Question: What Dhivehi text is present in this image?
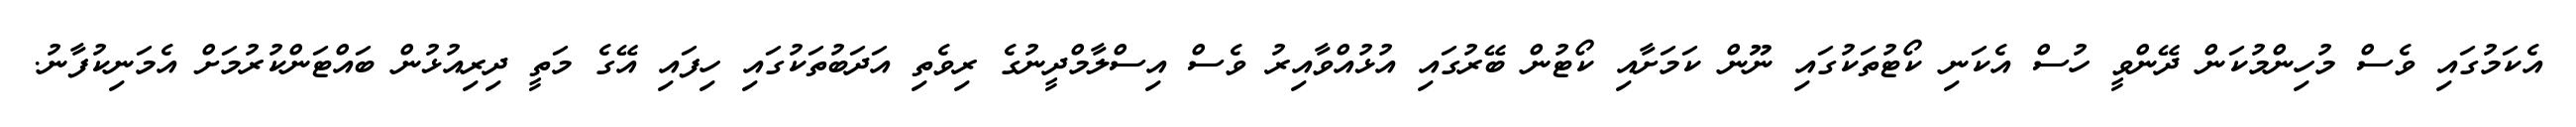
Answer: އެކަމުގައި ވެސް މުހިންމުކަން ދޭންވީ ހުސް އެކަނި ކޯޓުތަކުގައި ނޫން ކަމަށާއި ކޯޓުން ބޭރުގައި އުޅުއްވާއިރު ވެސް އިސްލާމްދީނުގެ ރިވެތި އަދަބުތަކުގައި ހިފައި އޭގެ މަތީ ދިރިއުޅުން ބައްޓަންކުރުމަށް އެމަނިކުފާނު.